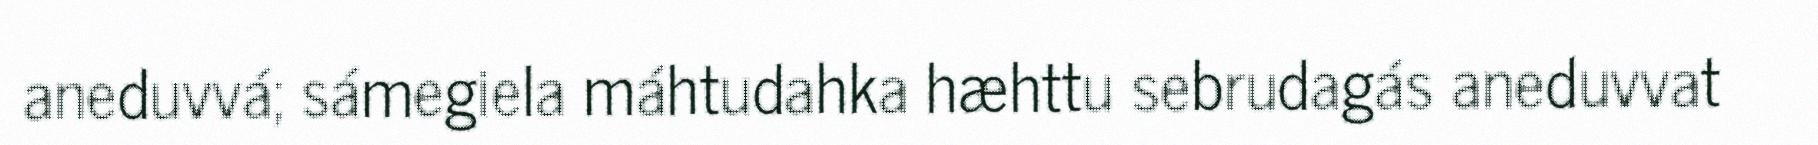
aneduvvá; sámegiela máhtudahka hæhttu sebrudagás aneduvvat